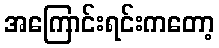
အကြောင်းရင်းကတော့